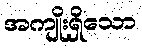
အကျိုးရှိသော